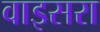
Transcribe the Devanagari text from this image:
वाइसरा